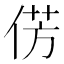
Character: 𪝆